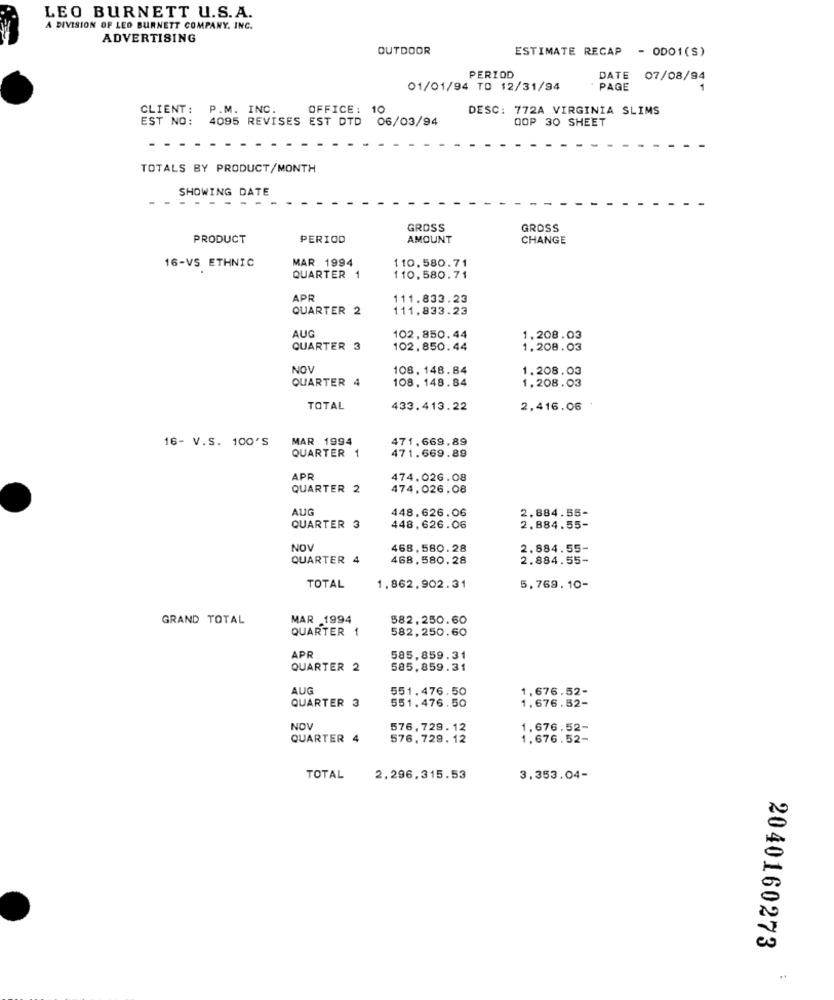
LEO BURNETT U.S.A.
A DIVISION OF LEO BURNETT COMPANY, INC.
ADVERTISING
OUTDOOR
ESTIMATE RECAP - ODO1(S)
PERIOD
DATE
07/08/94
01/01/94 TO 12/31/94
PAGE
CLIENT:
P.M. INC.
OFFICE: 10
DESC: 772A VIRGINIA SLIMS
EST NO:
4095 REVISES EST DTD 06/03/94
OOP 30 SHEET
TOTALS BY PRODUCT/MONTH
SHOWING DATE
GROSS
GROSS
PRODUCT
PERIOD
AMOUNT
CHANGE
16-VS ETHNIC
MAR 1994
110.580.71
QUARTER
110,580.71
APR
111.833.23
QUARTER 2
111,833.23
AUG
102, 850.44
1,208.03
QUARTER 3
102.850. 44
1,208.03
NOV
108, 148.84
QUARTER 4
108, 148. 84
1.208.03
1,208.03
TOTAL
433.413.22
2,416.06
16- V.S. 100'S
MAR 1994
471.669.89
471.669.89
QUARTER 1
APR
474.026.08
QUARTER 2
474.026.08
AUG
2.884.55-
448.626.06
QUARTER 3
448,626.06
2.884.55-
NOV
468. 580. 28
2.884.55-
QUARTER 4
468,580.28
2.884.55-
TOTAL
1.862,902.31
5,769, 10-
GRAND TOTAL
MAR 1994
582, 250.60
QUARTER 1
582,250.60
APR
585,859.31
QUARTER 2
585,859.31
AUG
551.476.50
1,676.52-
QUARTER 3
551.476.50
1,676.52-
NOV
576,729. 12
1,676.52-
QUARTER 4
576,729. 12
1,676.52-
TOTAL
2.296,315.53
3,353.04-
2040160273